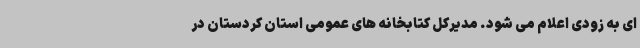
ای به زودی اعلام می شود. مدیرکل کتابخانه های عمومی استان کردستان در